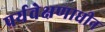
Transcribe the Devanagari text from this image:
पर्यवेक्षणाधीन